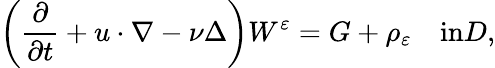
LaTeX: \left(\frac{\partial}{\partial t}+u\cdot\nabla-\nu\Delta\right)W^{\varepsilon}=G+\rho_{\varepsilon}\quad\textrm{in}D,